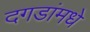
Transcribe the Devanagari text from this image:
दगडांमधे